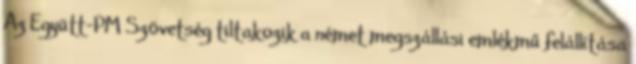
Az Együtt-PM Szövetség tiltakozik a német megszállási emlékmű felállítása